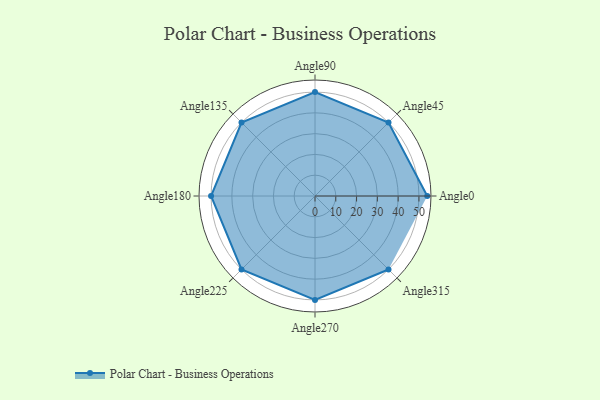
{"axis": {"x": "Angle", "y": "Radius"}, "legend": [""], "data": [{"x": "Angle0", "y": 54.0, "type": ""}, {"x": "Angle45", "y": 50, "type": ""}, {"x": "Angle90", "y": 50, "type": ""}, {"x": "Angle135", "y": 50, "type": ""}, {"x": "Angle180", "y": 50, "type": ""}, {"x": "Angle225", "y": 50, "type": ""}, {"x": "Angle270", "y": 50, "type": ""}, {"x": "Angle315", "y": 50, "type": ""}]}